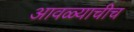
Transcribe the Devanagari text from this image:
आवळ्याचीच